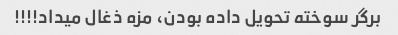
برگر سوخته تحویل داده بودن، مزه ذغال میداد!!!!